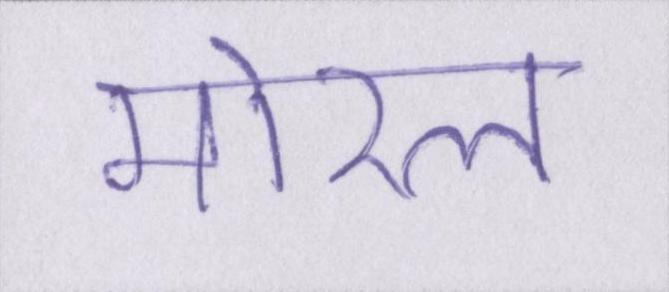
मोरल